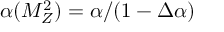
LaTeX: \alpha ( M _ { Z } ^ { 2 } ) = \alpha / ( 1 - \Delta \alpha )